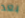
بعد